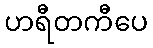
ဟရီတကီပေ